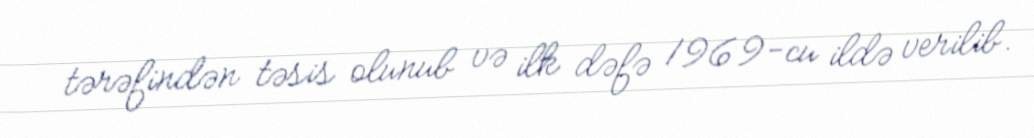
tərəfindən təsis olunub və ilk dəfə 1969-cu ildə verilib.